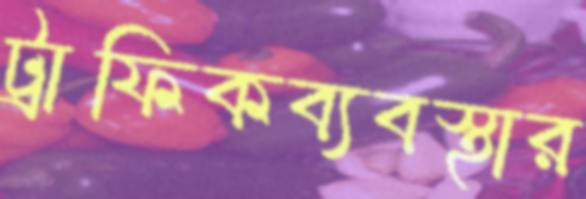
ট্রাফিকব্যবস্থার